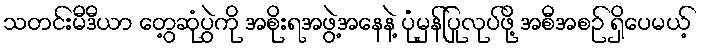
သတင်းမီဒီယာ တွေ့ဆုံပွဲကို အစိုးရအဖွဲ့အနေနဲ့ ပုံမှန်ပြုလုပ်ဖို့ အစီအစဉ် ရှိပေမယ့်